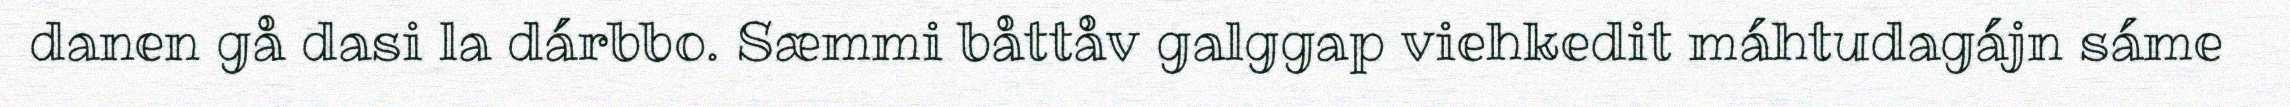
danen gå dasi la dárbbo. Sæmmi båttåv galggap viehkedit máhtudagájn sáme